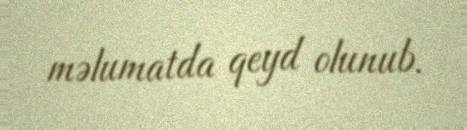
məlumatda qeyd olunub.